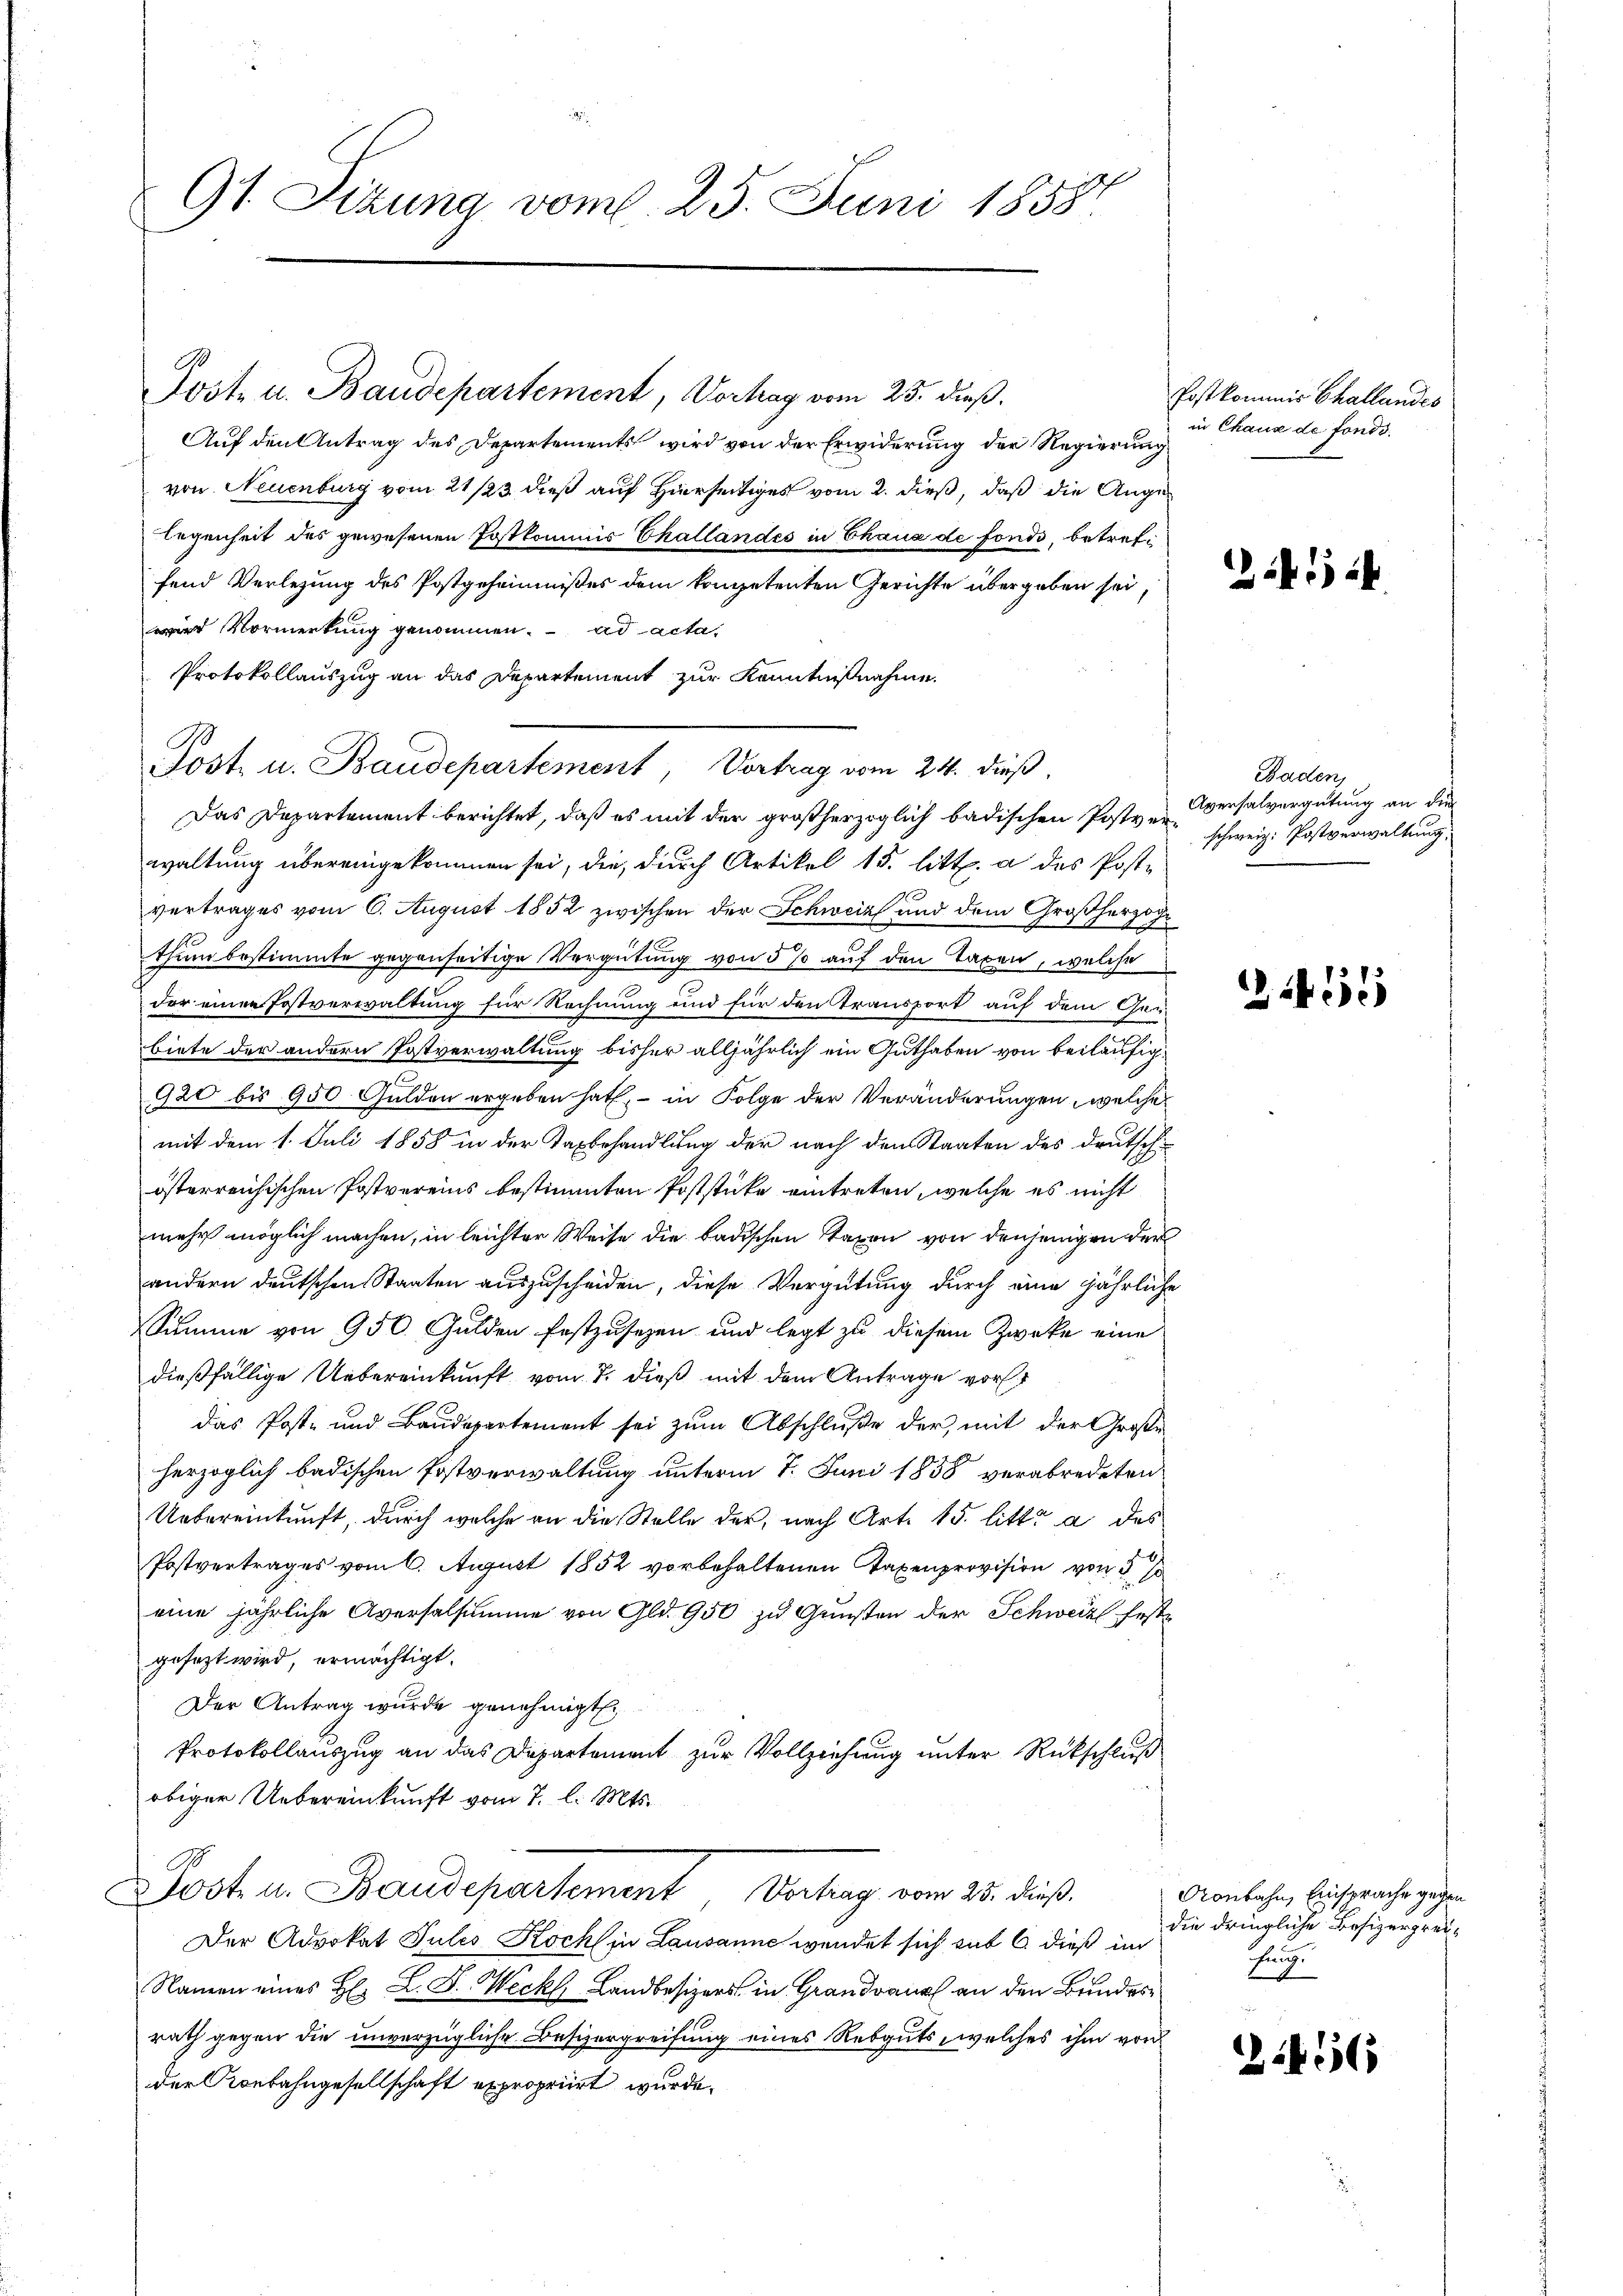
91. Sizung vom 25. Juni 1858.

Jost u. Baudepartement, Vorhag vom 25. dieß.
Auf den Antrag des Departements wird von der Erwiderung der Regierung
von Neuenburg vom 21/23. dieß auf Hierses vom 2. dieß, daß die Auge
legenheit des gewesenen Postkommis Challandes in Chaux de fonds, betreffend Verlegung des Postgeheimnißes dem kompetenten Gerichte übergeben sei,
id Vormerkung genommen. ad acta,
Protokollauszug an das Departement zur Kenntnißnahme
Post. u. Baudepartement, Vortrag vom 24. dieß
Das Departement berichtet, daß es mit der großherzoglich badischen Postverwaltung übereingekommen sei, die, durch Artikel 15. litt. a des Postvertrages vom 6. August 1852 zwischen der Schweiz und dem Großherzog
thum bestimmte gegenseitige Vergütung von 5 % auf den Taxen, welche
der einer Postverwaltung für Rechnung und für den Transport auf dem Garbiete der andern Postverwaltung bisher alljährlich ein Guthaben von beiläufig¬
920 bis 950 Gulden ergeben hat, – in Folge der Veränderungen, welche
mit dem 1. Juli 1858 in der Taxbehandlung der nach den Staaten des deutsch
österreichischen Postvereins bestimmten Poststücke eintreten, welche es nicht
mehr möglich machen, in leichter Weise die badischen Taxen von denjenigen der
andern deutschen Staaten auszuscheiden, diese Vergütung durch eine jährliche
Summe von 950. Gulden festzusezen und legt zu diesem Zwecke eine
dießfällige Uebereinkunft vom 7. dieß mit dem Antrage vorst
das Post- und Baudepartement sei zum Abschluße der, mit der Große
herzoglich badischen Postverwaltung unterm 7. Juni 1858 verabredeten
Uebereinkunft, durch welche an die Stelle der, nach Art. 15. litt. a des
Postvertrages vom 6. August 1852 vorbehaltenen Taxenprovision von 5 so
eine jährliche Aversalsumme von Gld. 950 zu Gunsten der Schweiz Erste
gesezt wird, ermächtigt.
Der Antrag wurde genehmigt.
Protokollauszug an das Departement zur Vollziehung unter Rückschluß
obiger Uebereinkunft vom 7. l. Mts.
Post in Baudepartement Vertrag vom 25. dies
Der Advokat Julis Koch in Lausanne wendet sich sub 6. dieß im
Namen eines H. L. D. Weck Landbesizers in Grandval an den Bundesrath gegen die unverzügliche Besizergreifung eines Rebguts, welches ihm von
der Konbahngesellschaft expropriirt wurde.

Post kommis Challandes
in Chaux de fonds.

Zif. 124.

Baden,
Aversalvergütung an die
schweiz. Postverwaltung.

226

Oonbahn, Einsprache gegen
die dringliche Besizergreihung

1456